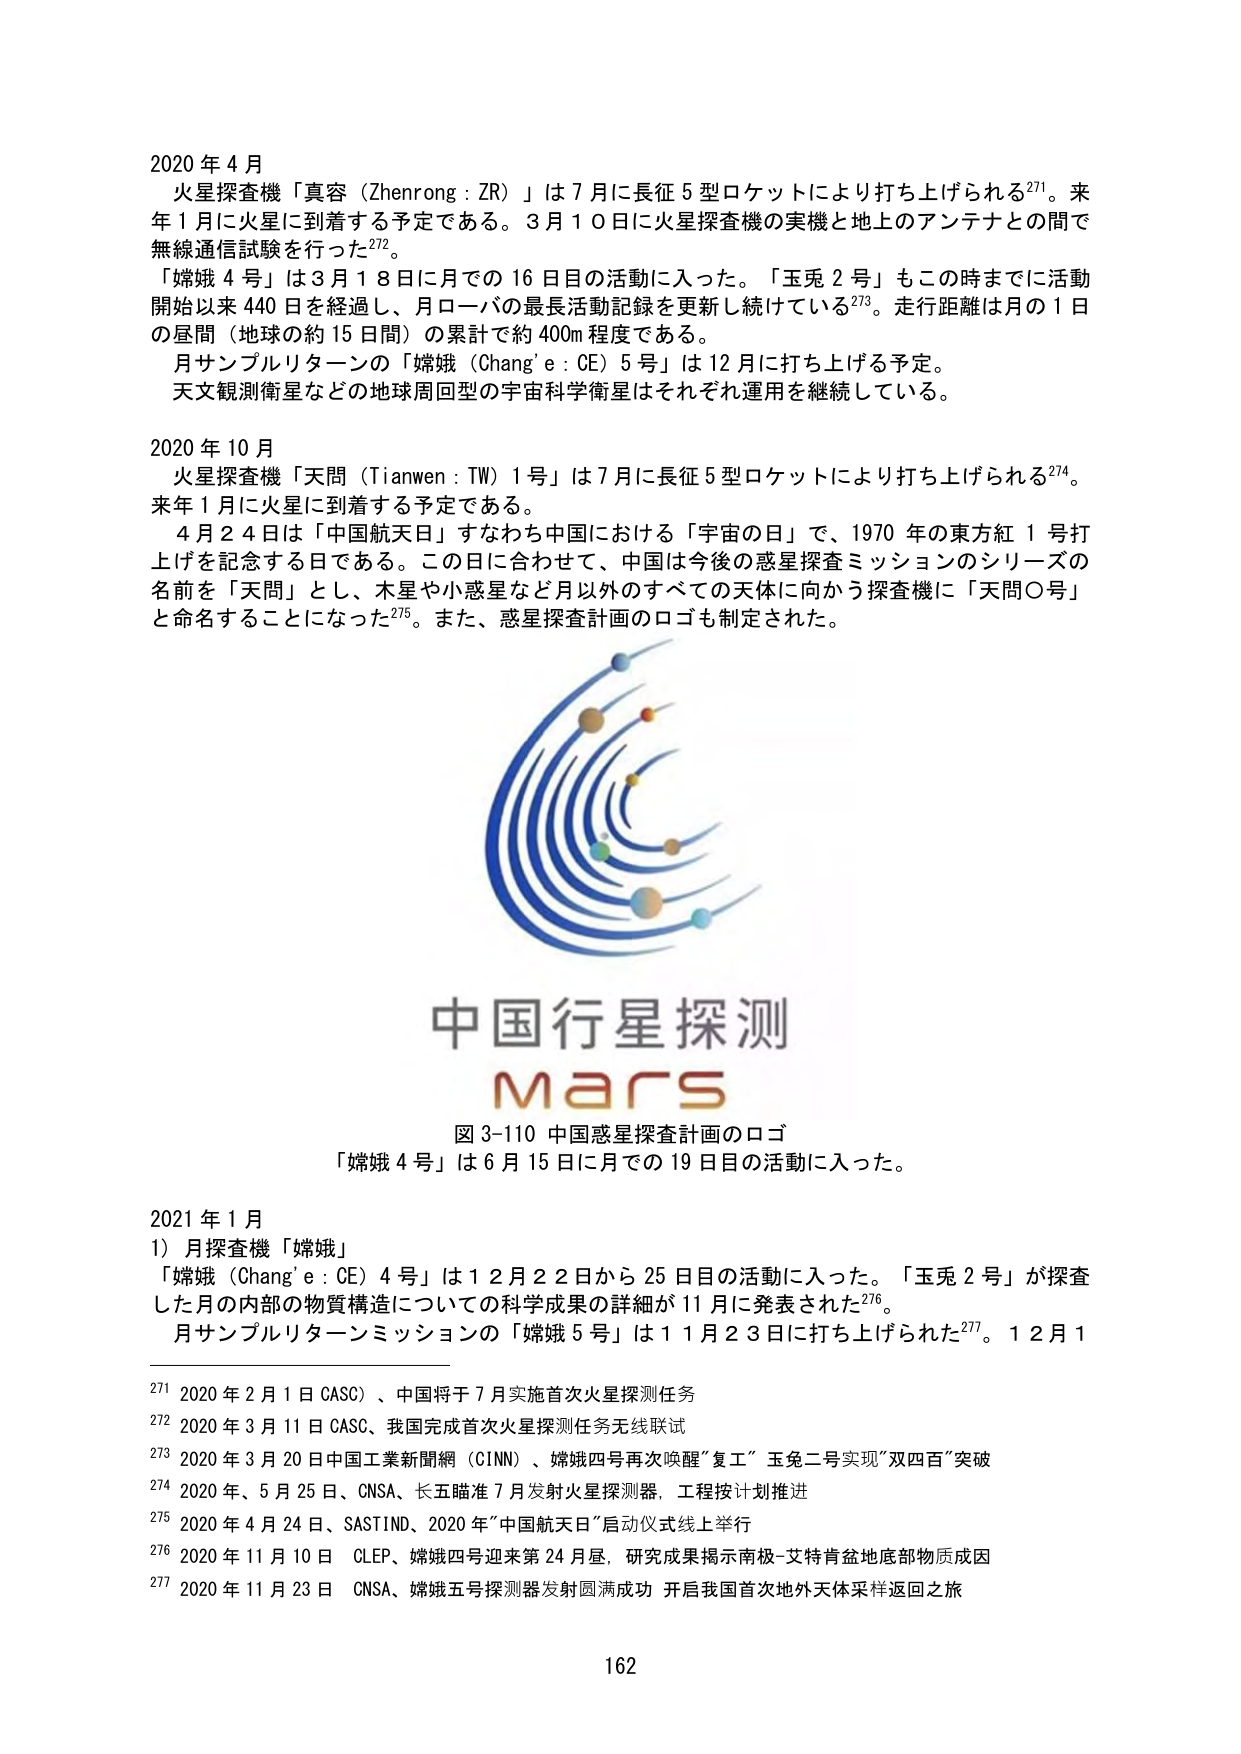
2020 年 4 月
火星探査機「真容（Zhenrong : ZR）」は 7 月に長征 5 型ロケットにより打ち上げられる271。来年 1 月に火星に到着する予定である。3 月 10 日に火星探査機の実機と地上のアンテナとの間で無線通信試験を行った272。
「嫦娥 4 号」は 3 月 18 日に月での 16 日目の活動に入った。「玉兎 2 号」もこの時までに活動開始以来 440 日を経過し、月ローバの最長活動記録を更新し続けている273。走行距離は月の 1 日の昼間（地球の約 15 日間）の累計で約 400m 程度である。
月サンプルリターンの「嫦娥（Chang’e : CE）5 号」は 12 月に打ち上げる予定。
天文観測衛星などの地球周回型の宇宙科学衛星はそれぞれ運用を継続している。

2020 年 10 月
火星探査機「天問（Tianwen : TW）1 号」は 7 月に長征 5 型ロケットにより打ち上げられる274。来年 1 月に火星に到着する予定である。
4 月 24 日は「中国航天日」すなわち中国における「宇宙の日」で、1970 年の東方紅 1 号打上げを記念する日である。この日に合わせて、中国は今後の惑星探査ミッションのシリーズの名前を「天問」とし、木星や小惑星など月以外のすべての天体に向かう探査機に「天問〇号」と命名することになった275。また、惑星探査計画のロゴも制定された。

中国行星探測
Mars
図 3-110 中国惑星探査計画のロゴ
「嫦娥 4 号」は 6 月 15 日に月での 19 日目の活動に入った。

2021 年 1 月
1）月探査機「嫦娥」
「嫦娥（Chang’e : CE）4 号」は 12 月 22 日から 25 日目の活動に入った。「玉兎 2 号」が探査した月の内部の物質構造についての科学成果の詳細が 11 月に発表された276。
月サンプルリターンミッションの「嫦娥 5 号」は 11 月 23 日に打ち上げられた277。12 月 1

271 2020 年 2 月 1 日 CASC）、中国将于 7 月实施首次火星探测任务
272 2020 年 3 月 11 日 CASC、我国完成首次火星探测任务无线联试
273 2020 年 3 月 20 日中国工業新聞網（CINN）、嫦娥四号再次唤醒“复工” 玉兔二号实现“双四百”突破
274 2020 年、5 月 25 日、CNSA、长五瞄准 7 月发射火星探测器，工程按计划推进
275 2020 年 4 月 24 日、SASTIND、2020 年“中国航天日”启动仪式线上举行
276 2020 年 11 月 10 日 CLEP、嫦娥四号迎来第 24 月昼，研究成果揭示南极-艾特肯盆地底部物质成因
277 2020 年 11 月 23 日 CNSA、嫦娥五号探测器发射圆满成功 开启我国首次地外天体采样返回之旅

162